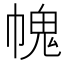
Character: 𢄊